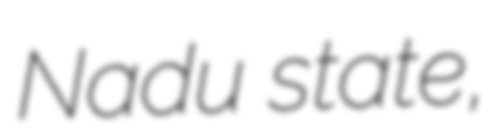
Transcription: Nadu state,